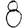
Digit: 8